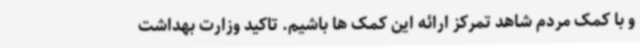
و با کمک مردم شاهد تمرکز ارائه این کمک ها باشیم. تاکید وزارت بهداشت